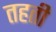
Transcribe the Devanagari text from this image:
तहती